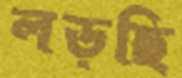
লড়ছি